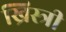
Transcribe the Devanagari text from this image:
ख्रिस्त्री